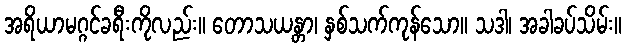
အရိယာမဂ္ဂင်ခရီးကိုလည်း။ တောသယန္တာ၊ နှစ်သက်ကုန်သော။ သဒါ၊ အခါခပ်သိမ်း။